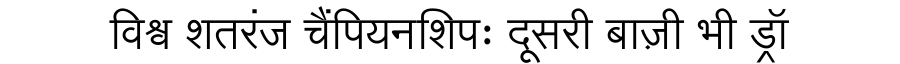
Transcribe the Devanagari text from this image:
विश्व शतरंज चैंपियनशिपः दूसरी बाज़ी भी ड्रॉ